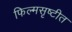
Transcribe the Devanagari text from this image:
फिल्मसृष्टीत